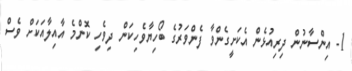
1- އިންސާނުން ދިރިއުޅެން އެކަށީގެންވާ ފެންވަރުގެ ބޯހިޔާވެހިކަން ދިވެހި ކޮންމެ އާއިލާއަކަށް ވެސް